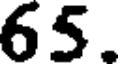
65.